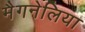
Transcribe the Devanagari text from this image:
मैगनेलिया